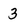
Character: 3